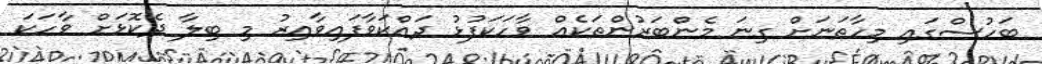
ބަހުސްގައި މިހާތަނަށް ގިނަ މެންބަރުންތަކެއް ވާހަކަފުޅު ދައްކަވާފައިވާއިރު މި ބިލާ ދެކޮޅަށް ވާހަކަ